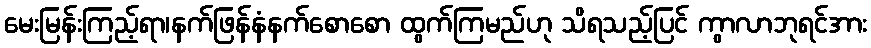
မေးမြန်းကြည့်ရာ၊နက်ဖြန်နံနက်စောစော ထွက်ကြမည်ဟု သိရသည့်ပြင် ကွာလာဘုရင်အား